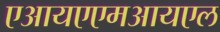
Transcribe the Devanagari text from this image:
एआयएएमआयएल